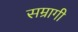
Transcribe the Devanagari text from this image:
सम्रागी